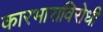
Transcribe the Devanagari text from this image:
कारभाराविरोधी